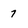
Character: 7